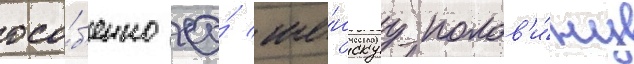
осо́б'енно ео́ же́нскуу полов'и́ну